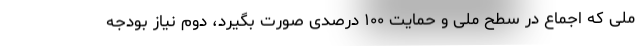
ملی که اجماع در سطح ملی و حمایت ۱۰۰ درصدی صورت بگیرد، دوم نیاز بودجه